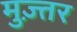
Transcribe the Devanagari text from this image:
मुज़्तर